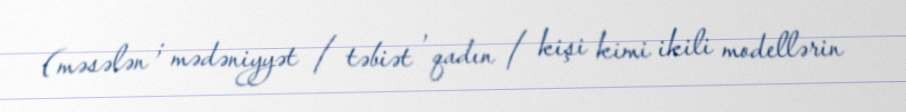
(məsələn ; mədəniyyət / təbiət , qadın / kişi kimi ikili modellərin